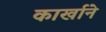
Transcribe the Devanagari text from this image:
कार्खाने